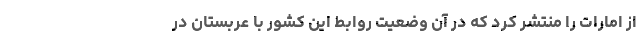
از امارات را منتشر کرد که در آن وضعیت روابط این کشور با عربستان در